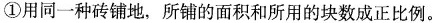
①用同一种砖铺地，所铺的面积和所用的块数成正比例。